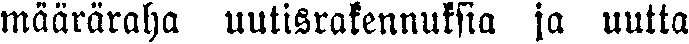
määräraha uutisrakennuksia ja uutta